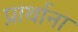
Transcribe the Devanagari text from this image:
प्रार्थाना